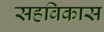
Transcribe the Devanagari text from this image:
सहविकास